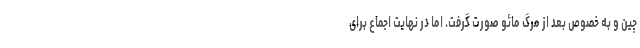
چین و به خصوص بعد از مرگ مائو صورت گرفت. اما در نهایت اجماع برای